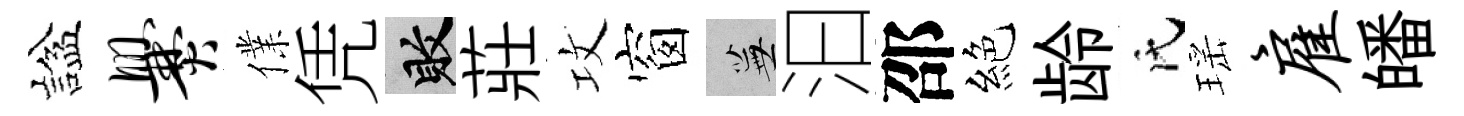
諡爨㒒凭敗莊攻窗蕪汩邵絕龄氏瑶雇皤